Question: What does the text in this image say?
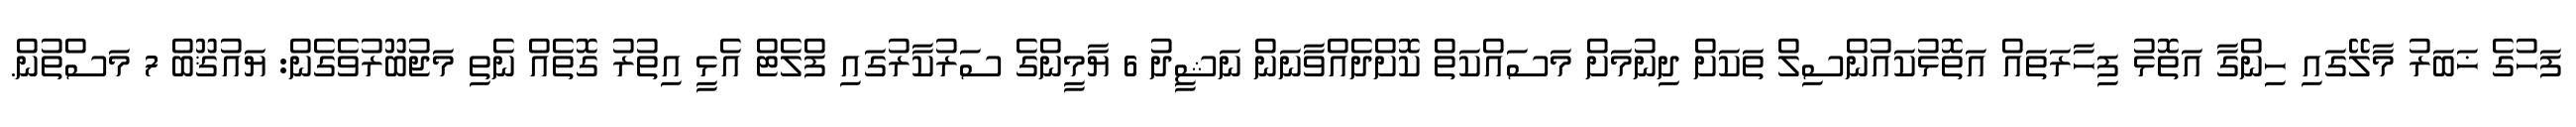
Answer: ފަހުގެ ޚަބަރު މާލޭގައި ހިންގާ އަތޮޅު ފިހާރަތައް އަތޮޅުކައުންސިލް ތަކަށް ދިނުމަށް މަސައްކަތް ކޮށްދެއްވާނަން ނަޝީދު 6 ޔާމީންގެ ސަރުކާރުގައި ފްލެޓް އެޅީ އިތުރު ގޮތެއް ނެތި މަޖުބޫރުވެގެން: ޔައުޤޫބް 7 މަސްތުން.